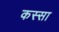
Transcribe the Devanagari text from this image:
कस्सा